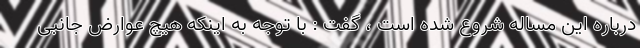
درباره این مساله شروع شده است ، گفت : با توجه به اینکه هیچ عوارض جانبی